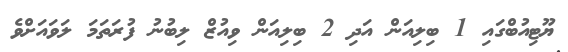
ޔޫޓިއުބްގައި 1 ބިލިއަން އަދި 2 ބިލިއަން ވިއުޒް ލިބުނު ފުރަތަމަ ލަވައަށްވެ